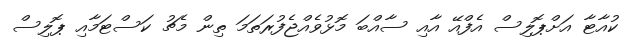
ކުއާޓާ އަށްޕޮލިސް އެފްއޭ އާއި ސާއްބަ މޮޅުވެއްޖެފުރަތަމަ ތިން މެޗު ކަސްޓަމާއި ޕޮލިސް